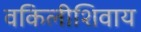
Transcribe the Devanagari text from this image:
वकिलीशिवाय